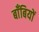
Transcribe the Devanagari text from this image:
बाँबियों